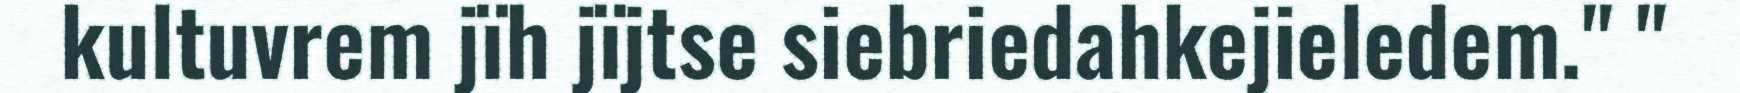
kultuvrem jïh jïjtse siebriedahkejieledem." "